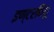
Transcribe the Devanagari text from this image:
इण्टरवियू